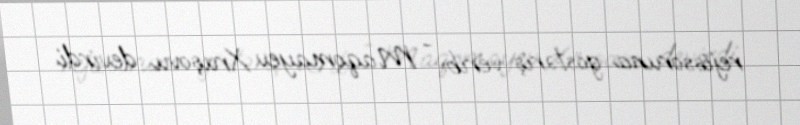
rejissoruna göstəriş verib: - Maqomayev Xruşovu devirdi.